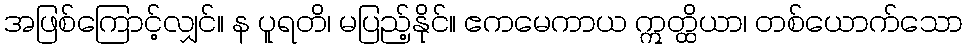
အဖြစ်ကြောင့်လျှင်။ န ပူရတိ၊ မပြည့်နိုင်။ ဧကမေကာယ ဣတ္ထိယာ၊ တစ်ယောက်သော